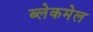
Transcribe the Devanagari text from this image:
ब्लेकमेल